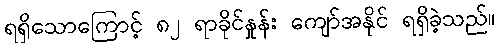
ရရှိသောကြောင့် ၈၂ ရာခိုင်နှုန်း ကျော်အနိုင် ရရှိခဲ့သည်။